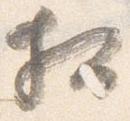
相